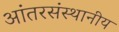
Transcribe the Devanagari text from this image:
आंतरसंस्थानीय